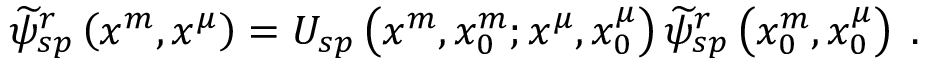
\begin{array} { r } { \widetilde { \psi } _ { s p } ^ { r } \left( x ^ { m } , x ^ { \mu } \right) = U _ { s p } \left( x ^ { m } , x _ { 0 } ^ { m } ; x ^ { \mu } , x _ { 0 } ^ { \mu } \right) \widetilde { \psi } _ { s p } ^ { r } \left( x _ { 0 } ^ { m } , x _ { 0 } ^ { \mu } \right) \; . } \end{array}